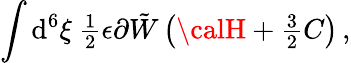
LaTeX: \int\mathrm{d}^{6}\xi\ {\textstyle\frac{{1}}{{2}}}\epsilon\partial\tilde{{W}}\left({\calH}+{\textstyle\frac{{3}}{{2}}}C\right)\, ,